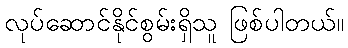
လုပ်ဆောင်နိုင်စွမ်းရှိသူ ဖြစ်ပါတယ်။